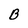
Character: B